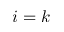
i = k